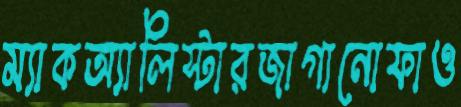
ম্যাকঅ্যালিস্টারজাগানোফাও